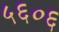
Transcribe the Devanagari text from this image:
५६०६